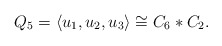
\begin{align*} Q_5=\langle u_1,u_2,u_3\rangle \cong C_6* C_2. \end{align*}